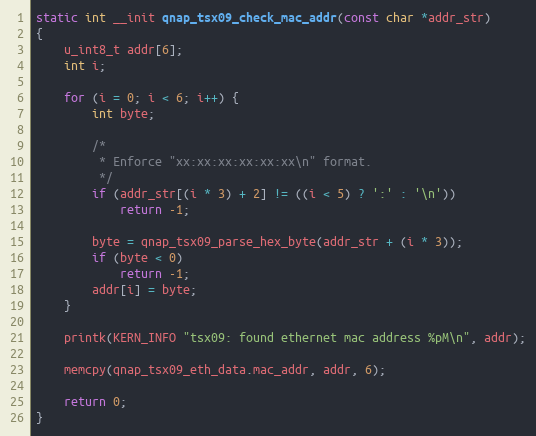
Language: C
static int __init qnap_tsx09_check_mac_addr(const char *addr_str)
{
	u_int8_t addr[6];
	int i;

	for (i = 0; i < 6; i++) {
		int byte;

		/*
		 * Enforce "xx:xx:xx:xx:xx:xx\n" format.
		 */
		if (addr_str[(i * 3) + 2] != ((i < 5) ? ':' : '\n'))
			return -1;

		byte = qnap_tsx09_parse_hex_byte(addr_str + (i * 3));
		if (byte < 0)
			return -1;
		addr[i] = byte;
	}

	printk(KERN_INFO "tsx09: found ethernet mac address %pM\n", addr);

	memcpy(qnap_tsx09_eth_data.mac_addr, addr, 6);

	return 0;
}